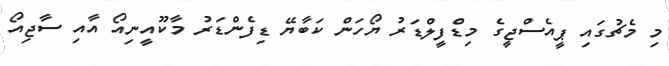
މި މެޗުގައި ޕީއެސްޖީގެ މިޑްފީލްޑަރު ޔޯހަން ކަބާޔޭ ޑިފެންޑަރު މާކޫއީނިއޯ އާއި ސާޖިއޯ